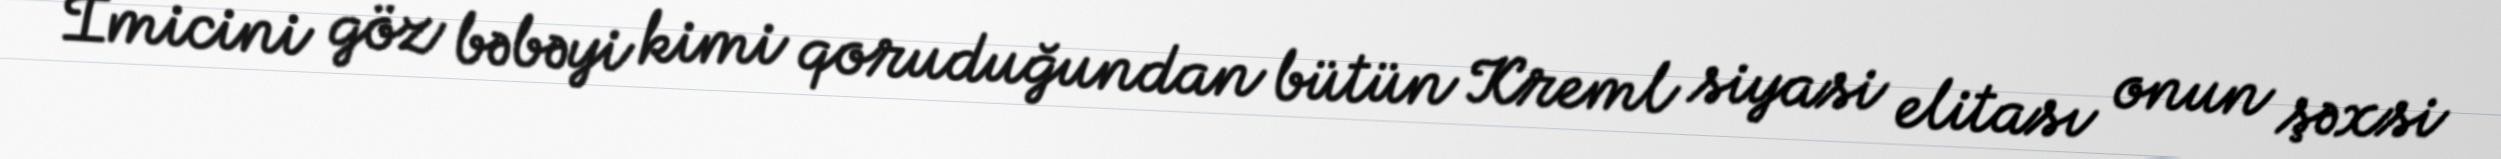
İmicini göz bəbəyi kimi qoruduğundan bütün Kreml siyasi elitası onun şəxsi